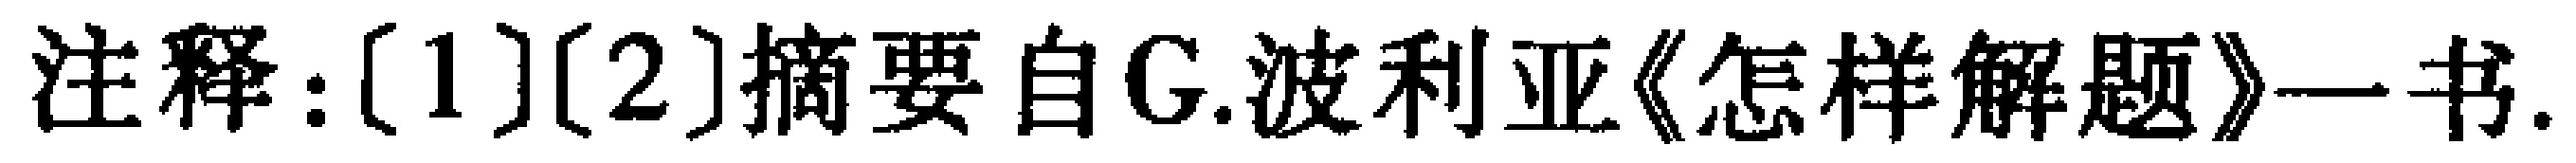
注释：[1][2]摘要自G.波利亚《怎样解题》一书.